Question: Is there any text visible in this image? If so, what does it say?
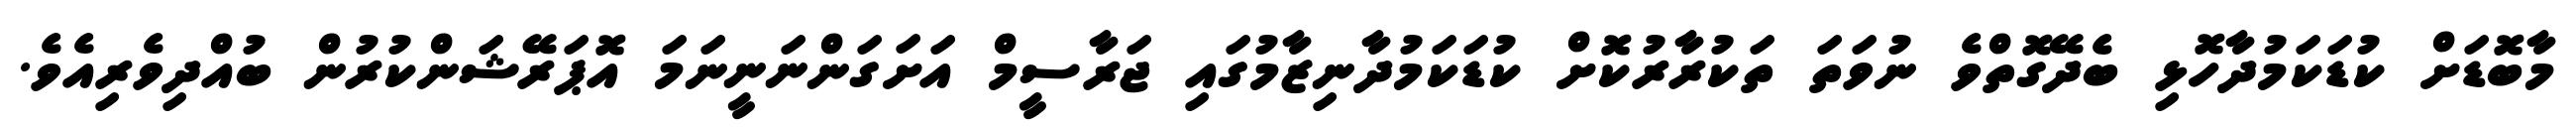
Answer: މާބޮޑަށް ކުޑަކަމުދާހޮޅި ބެދޭގޮތްވެ ނުވަތަ ތަކުރާރުކޮށް ކުޑަކަމުދާނިޒާމުގައި ޖަރާސީމް އަށަގަންނަނީނަމަ އޮޕަރޭޝަންކުރުން ބުއްދިވެރިއެވެ.